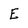
Character: E